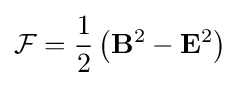
{\mathcal {F}}={\frac {1}{2}}\left(\mathbf {B} ^{2}-\mathbf {E} ^{2}\right)